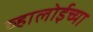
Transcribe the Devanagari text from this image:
व्हालोईच्या